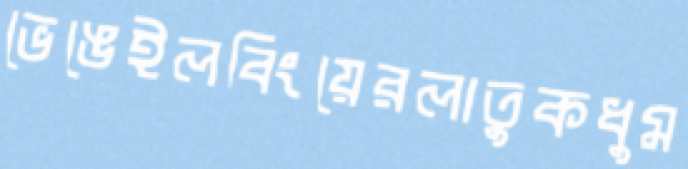
ভেঙেইলবিংয়েরলাতুকধুম